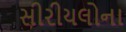
સીરીયલોના